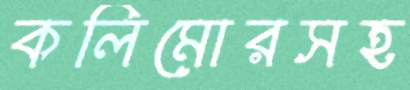
কলিমোরসহ